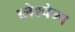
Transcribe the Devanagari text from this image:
ब्लेश्चेम्प